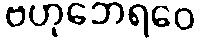
ဗဟုဘေရဝေ